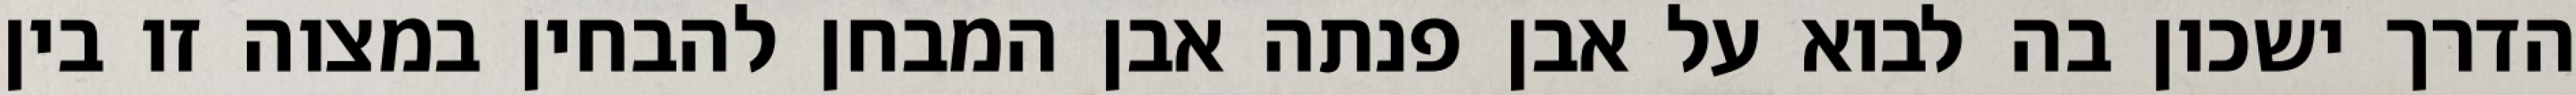
הדרך ישכון בה לבוא על אבן פנתה אבן המבחן להבחין במצוה זו בין